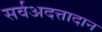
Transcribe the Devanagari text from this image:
सर्वअदत्तादान